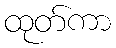
ထုတ်ကာ